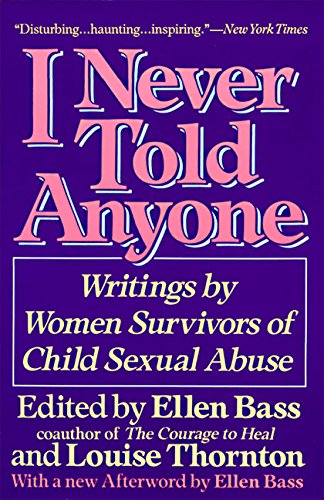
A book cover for I Never Told Anyone: Writings by Women Survivors of Child Sexual Abuse; Ellen Bass; Politics & Social Sciences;